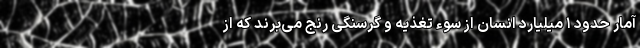
آمار حدود ۱ میلیارد انسان از سوء تغذیه و گرسنگی رنج می‌برند که از